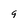
Character: 9